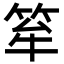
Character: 𥭏